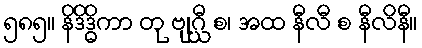
၅၈၅။ နိဒိဒ္ဓိကာ တု ဗျဂ္ဃီ စ၊ အထ နီလီ စ နီလိနီ။